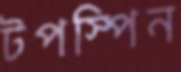
টপস্পিন